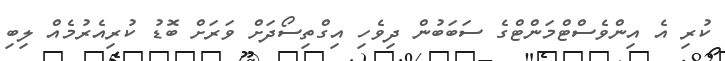
ކުރި އެ އިންވެސްޓްމަންޓްގެ ސަބަބުން ދިވެހި އިގްތިސޯދަށް ވަރަށް ބޮޑު ކުރިއެރުމެއް ލިބި